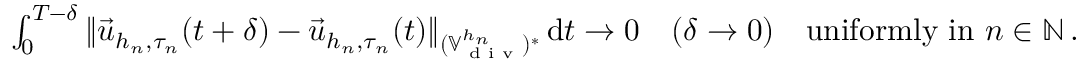
\begin{array} { r } { \int _ { 0 } ^ { T - \delta } \| \vec { u } _ { h _ { n } , \tau _ { n } } ( t + \delta ) - \vec { u } _ { h _ { n } , \tau _ { n } } ( t ) \| _ { ( \mathbb { V } _ { \textup { d i v } } ^ { h _ { n } } ) ^ { * } } \, \mathrm { d } t \to 0 \quad ( \delta \to 0 ) \quad \mathrm { u n i f o r m l y ~ i n ~ } n \in \mathbb { N } \, . } \end{array}